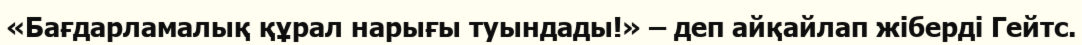
«Бағдарламалық құрал нарығы туындады!» – деп айқайлап жіберді Гейтс.